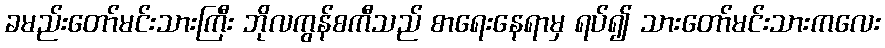
ခမည်းတော်မင်းသားကြီး ဘိုလကွန်စကီသည် စာရေးနေရာမှ ရပ်၍ သားတော်မင်းသားကလေး